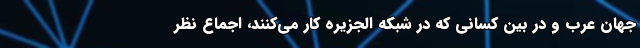
جهان عرب و در بین کسانی که در شبکه الجزیره کار می‌کنند، اجماع نظر